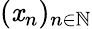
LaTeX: (\mathit{x}_{n})_{n\in\mathbb{{N}}}